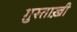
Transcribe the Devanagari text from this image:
ग़ुस्ताख़ी